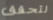
لتحقق